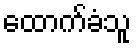
ထောက်ခံသူ